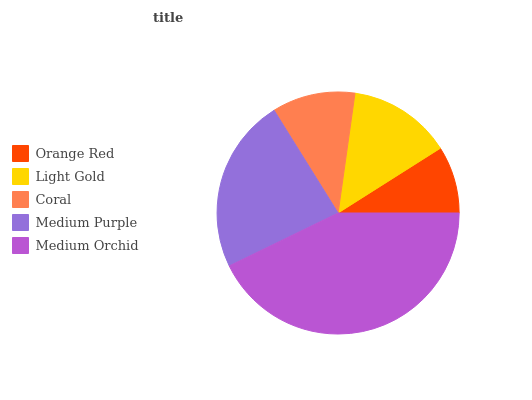
| Orange Red | Light Gold | Coral | Medium Purple | Medium Orchid |
 | --- | --- | --- | --- | --- |
 | 8.99% | 13.8% | 11.1% | 23.4% | 42.8% |